Scientific memoirs by medical officers of the Army of India - Part II,
Year: 1886
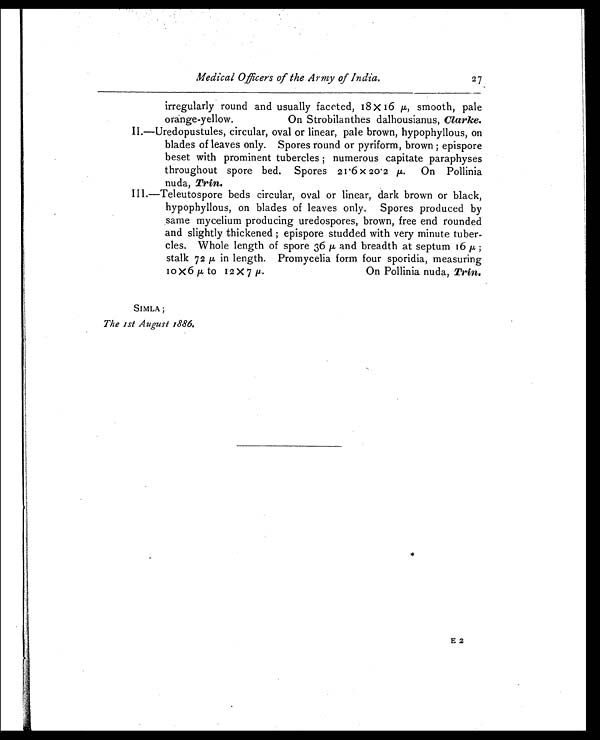
Medical Officers of the Army of India.
27
irregularly round and usually faceted, 18 x 16 µ, smooth, pale
orange-yellow. On Strobilanthes dalhousianus, Clarke.
II.—Uredopustules, circular, oval or linear, pale brown, hypophyllous, on
blades of leaves only. Spores round or pyriform, brown ; epispore
beset with prominent tubercles ; numerous capitate paraphyses
throughout spore bed. Spores 21.6 x 20.2 µ. On Pollinia
nuda, Trin.
III.—Teleutospore beds circular, oval or linear, dark brown or black,
hypophyllous, on blades of leaves only. Spores produced by
same mycelium producing uredospores, brown, free end rounded
and slightly thickened ; epispore studded with very minute tuber-
cles. Whole length of spore 36 µ and breadth at septum 16 µ ;
stalk 72 µ in length. Promycelia form four sporidia, measuring
1 0 x 6 µ
t o 1 2 x 7 µ
. O n P o l l i n i a n u d a ,
T r i n .
SIMLA ;
The 1st August 1886.